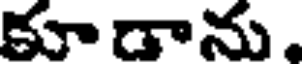
కూడాను,